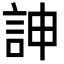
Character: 訷